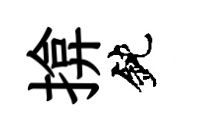
揜鈍